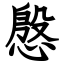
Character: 慇